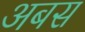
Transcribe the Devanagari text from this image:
अबस